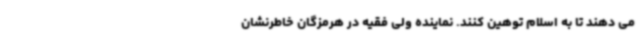
می دهند تا به اسلام توهین کنند. نماینده ولی فقیه در هرمزگان خاطرنشان